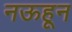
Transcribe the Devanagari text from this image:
नऊहून